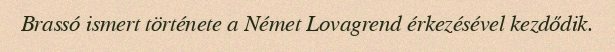
Brassó ismert története a Német Lovagrend érkezésével kezdődik.